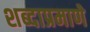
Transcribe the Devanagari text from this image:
शब्दाप्रमाणे